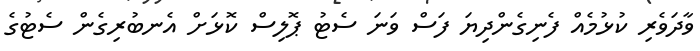
ވާދަވެރި ކުޅުމެއް ފެނިގެންދިޔަ ފަސް ވަނަ ސެޓު ޕޮލިސް ކޮޅަށް އެނބުރިގެން ސެޓުގެ